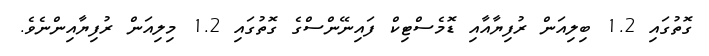
ގޮތުގައި 1.2 ބިލިއަން ރުފިޔާއާއި ޑޮމެސްޓިކް ފައިނޭންސްގެ ގޮތުގައި 1.2 މިލިއަން ރުފިޔާއިންނެވެ.